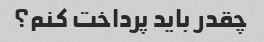
چقدر باید پرداخت کنم؟